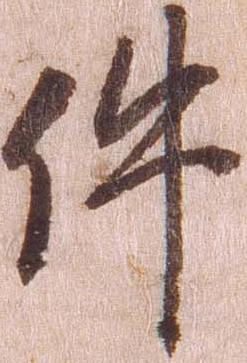
件